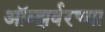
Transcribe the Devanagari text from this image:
ऑब्झर्वरच्या